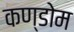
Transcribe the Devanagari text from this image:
कण्डोम